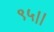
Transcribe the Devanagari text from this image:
९५।।